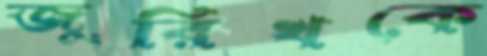
জুরিখকে